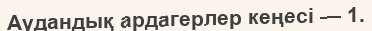
Аудандық ардагерлер кеңесі — 1.